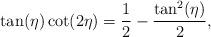
LaTeX: \begin{align*}\tan (\eta ) \cot (2 \eta ) = \frac{1}{2}-\frac{\tan ^2(\eta )}{2}, \end{align*}